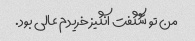
من تو شگفت انگیز خریدم عالی بود.